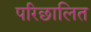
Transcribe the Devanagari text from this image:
परिछालित